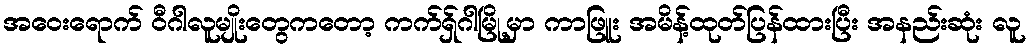
အဝေးရောက် ဝီဂါလူမျိုးတွေကတော့ ကက်ရှ်ဂါမြို့မှာ ကာဖြူး အမိန့်ထုတ်ပြန်ထားပြီး အနည်းဆုံး လူ